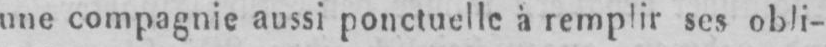
une compagnie aussi ponctuelle à remplir ses, obli-